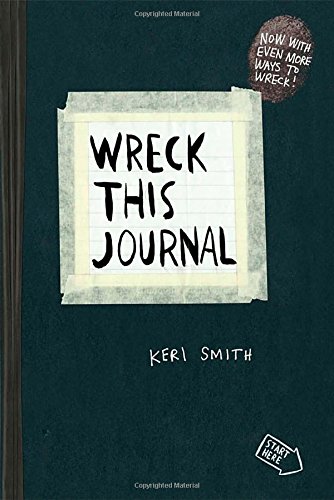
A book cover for Wreck This Journal (Black) Expanded Ed.; Keri Smith; Self-Help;